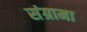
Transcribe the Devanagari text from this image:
संग्रामा